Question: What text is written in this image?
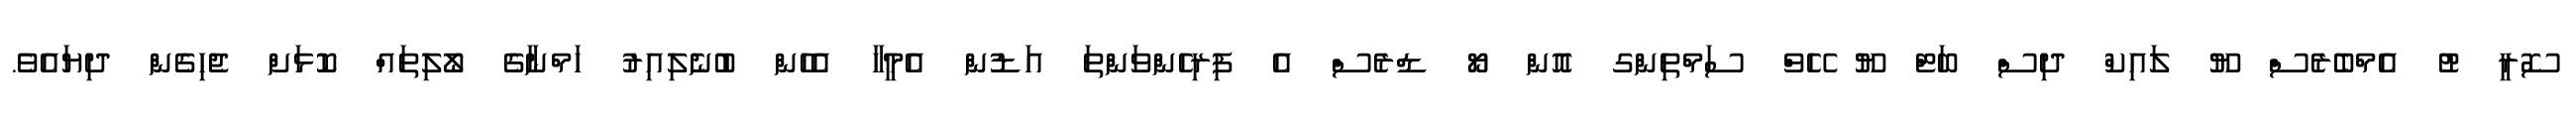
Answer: ސޮރީ ޓު އެމްބެރެސް ޔޫ ލައިކް ދިސް ބަޓް ޔޫ ހޭވް ސަމްތިންގ އޮން ޔޯ ޑްރެސް އެ ފިރިހެންވަންތަ އަޑުން އެމީހާ އެހެން ބުނެލިއިރު ހަމްނާގެ ލޯލިތައް ކޮޅަށް ޖެހިގެން ދިޔައެވެ.